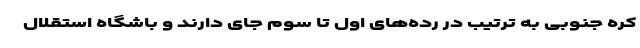
کره جنوبی به ترتیب در رده‌های اول تا سوم جای دارند و باشگاه استقلال